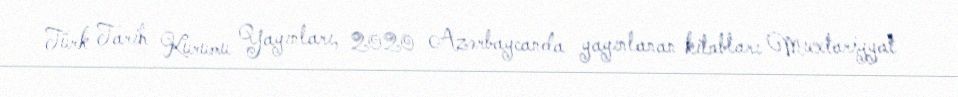
Türk Tarih Kurumu Yayınları, 2020 Azərbaycanda yayınlanan kitabları Muxtariyyat